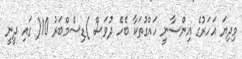
މިދިޔަ އަހަރުގެ އިންސާނީ ހައްގުތަކާ ބެހޭ ދުވަސް )ޑިސެމްބަރު 10( ގައި ދީނީ